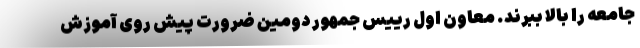
جامعه را بالا ببرند. معاون اول رییس جمهور دومین ضرورت پیش روی آموزش